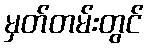
မှတ်တမ်းတွင်